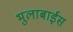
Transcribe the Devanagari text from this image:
भुलाबाईस